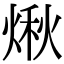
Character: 煍